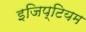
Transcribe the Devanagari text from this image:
इजिप्टियम